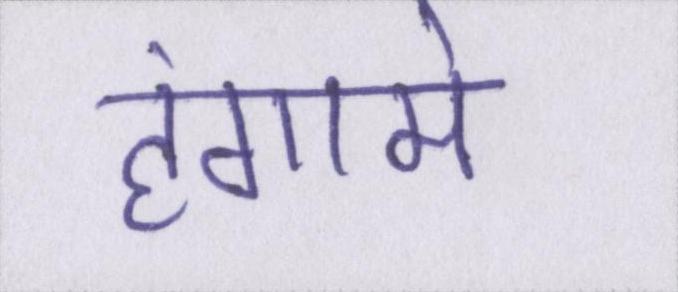
हंगामे